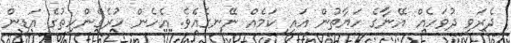
ދެރަވި ދުވަހެއް އޭނާގެ ހަޔާތުން އައި ކަމެއް ނޭނގެއެވެ. އެހެން ހުރެގެންހިތުގެ އަޑިން